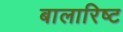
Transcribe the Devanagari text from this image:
बालारिष्ट